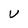
Character: v